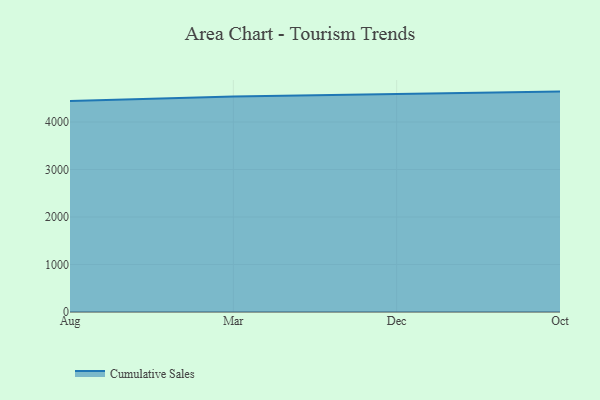
{"axis": {"x": "Month", "y": "Inventory Turnover"}, "legend": ["Cumulative Sales"], "data": [{"x": "Aug", "y": 4443.2, "type": "Cumulative Sales"}, {"x": "Mar", "y": 4537.1, "type": "Cumulative Sales"}, {"x": "Dec", "y": 4587.8, "type": "Cumulative Sales"}, {"x": "Oct", "y": 4640.9, "type": "Cumulative Sales"}]}